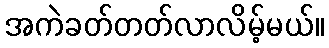
အကဲခတ်တတ်လာလိမ့်မယ်။